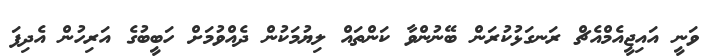
ވަނީ އައިޖީއެމްއެޗް ރަނގަޅުކުރަން ބޭނުންވާ ކަންތައް ލިޔުމަކުން ދެއްވުމަށް ހަބީބުގެ އަރިހުން އެދިފަ